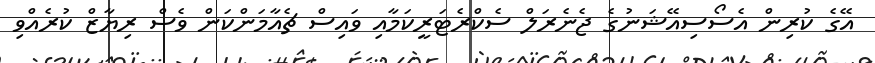
އޭގެ ކުރިން އެސޯސިއޭޝަނުގެ ޖެނެރަލް ސެކްރެޓަރީކަމާއި ވައިސް ޗެއާމަންކަން ވެސް ރިޔާޒް ކުރެއްވި